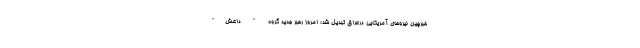
خبرچین نیروهای آمریکایی درعراق تبدیل شد؛ امروز رهبر جدید گروه " داعش"